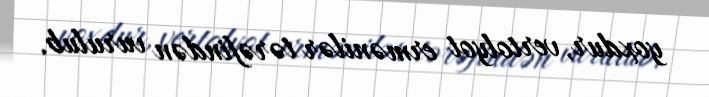
yoxdur, vertolyot ermənilər tərəfindən vurulub.